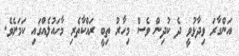
އަންގާރަ ވިދާޅުވީ ދެ ކުދިން ވެސް މިހާރު ތިބީ ރައްކާތެރި މާހައުލެއްގައި ކަމަށެވެ.